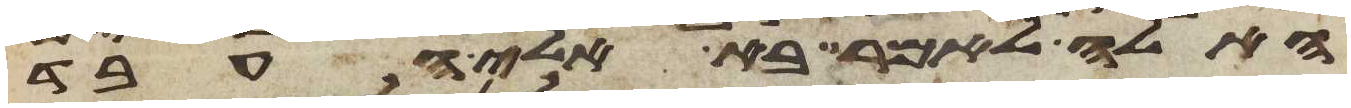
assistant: האלה לאמר בא אלי העבד